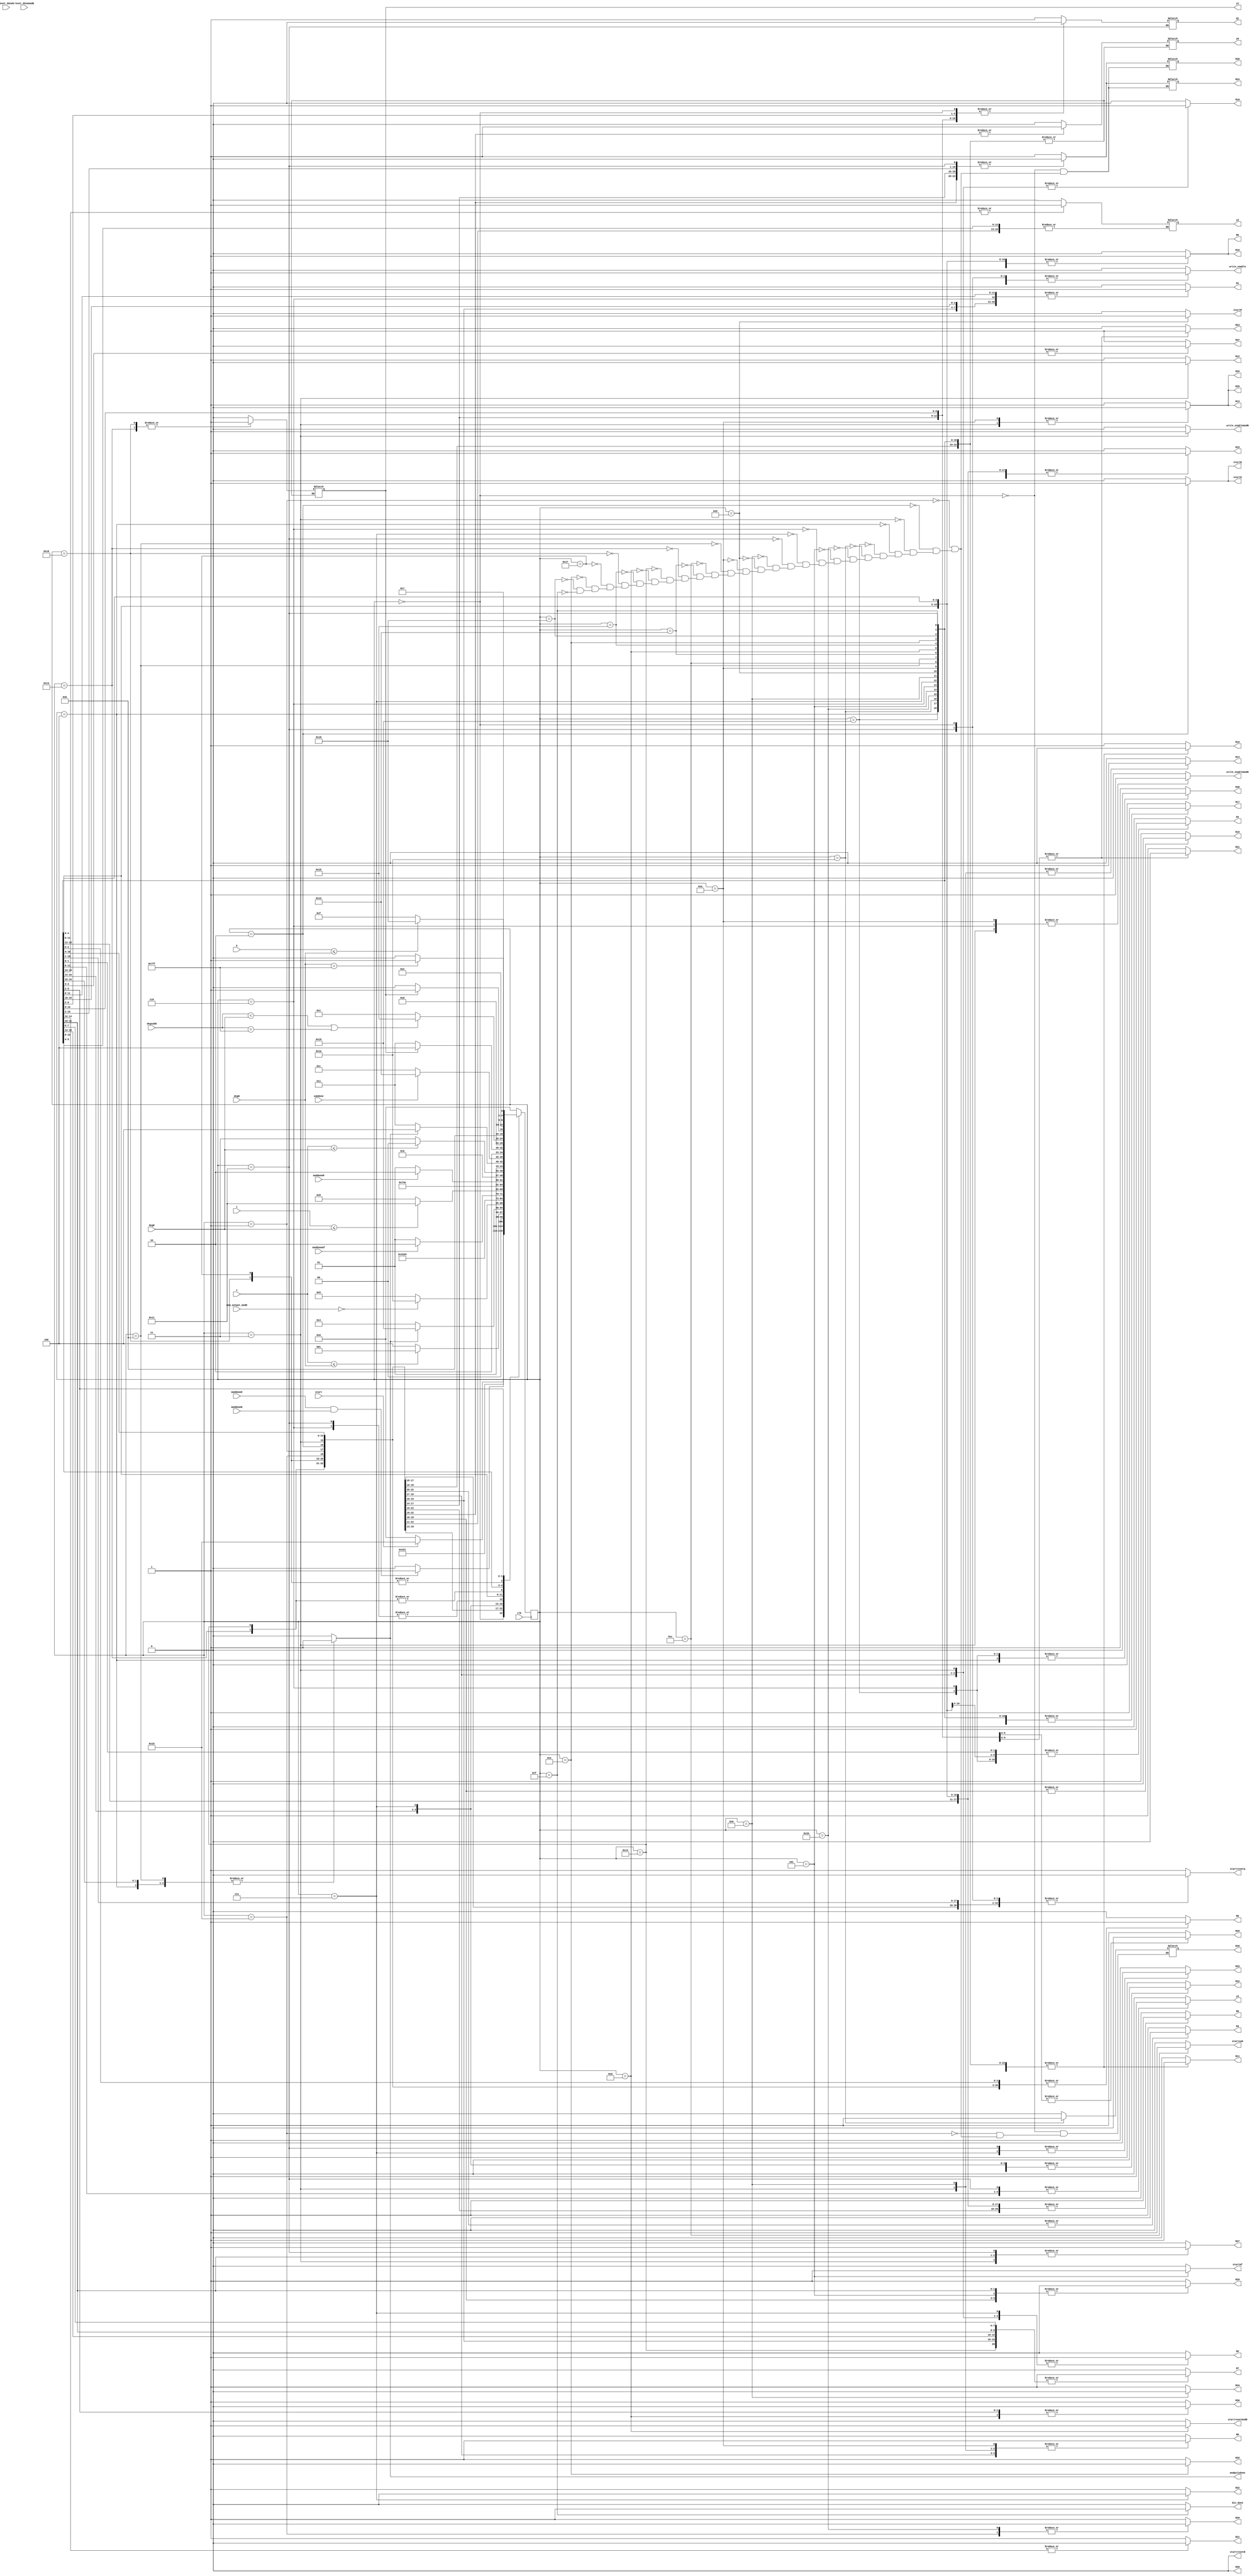
`timescale 1ns / 1ps
//////////////////////////////////////////////////////////////////////////////////
// Company: 
// Engineer: 
// 
// Design Name: 
// Module Name: divpoly_EGCD_FSM
// Project Name: 
// Target Devices: 
// Tool Versions: 
// Description: 
// 
// Dependencies: 
// 
// Revision:
// Revision 0.01 - File Created
// Additional Comments:
// 
//////////////////////////////////////////////////////////////////////////////////


module divpoly_EGCD_FSM(
    input clk,
    input start, moddoneD, moddoneM, moddoneN, moddonemf,subdone,reset_doneN, reset_donemodN,
    input [10:0] i,c,
    input [10:0] k, 
    input [10:0] degN, degD, degsubN,
    input [12:0] mem_output_modD, 
    output reg startD, startM, Q1, y0, y1,y2, y3, startresetN, startresetq,startresetmodN, startN, startmf, startsub, modpolydone, write_enable, write_enablemodN, write_enablemodD,
    output reg R1,R2, R3, R4, R5, R6, R7, R8, R9, R10, R11, R12, R13,R14, R15,R16, R17, R18, R19, R20, R21, R22, R23, R24, R25, R26, R27,R28, R29,R30, R31, R32, R33, R34, R35, R36, R37, R38, R39,R40,
    output reg div_done
    );
    
    parameter Inicio  = 5'b00000;
    parameter temp1 = 5'b10000;
    parameter tmod1  = 5'b00001;
    parameter tmod2 =5'b00010;
    parameter tmod3 =5'b00011;
    parameter tmod4 =5'b00100;
    parameter dmm =5'b00101;
    parameter as1 =5'b00110;
    parameter preg3 = 5'b11001;
    parameter Mdeg= 5'b11010;
    parameter temp4= 5'b11011;
    parameter mult  = 5'b00111;
    parameter temp2= 5'b10001;
    parameter tmod5  = 5'b01000;
    parameter tmod6 =5'b01001;
    parameter tmod7 =5'b01010;
    parameter tmod8 =5'b01011;
    parameter sub1 =5'b01100;
    parameter preg =5'b10010;
    parameter camb1 =5'b10011;
    parameter camb2 =5'b10100;
    parameter comp =5'b01101;
    parameter preg2 =5'b10101;
    parameter camb12 =5'b10110;
    parameter camb22 =5'b10111;
    parameter as2 =5'b01110;
    parameter temp3=5'b11000;
    parameter salida =5'b01111;


    reg [4:0] presente = Inicio; // Registro de Estado - Valor inicial
    reg [4:0] futuro;            // Entrada del registro de Estado

    // Registro de estado 
    always @(posedge clk)
        presente <= futuro;

    // Lgica del estado siguiente
    always @(presente,start,i, c, k, degN, modpolydone, degD,degsubN, subdone, moddoneD, moddoneM, moddoneN, moddonemf, mem_output_modD)
        case (presente)
            Inicio :
                if(start)
                    futuro <= temp1;            
                else
                    futuro <= Inicio;
            temp1: 
                futuro <= tmod1;
            tmod1:
                futuro <= tmod2;
            tmod2:
                if(moddoneD && moddoneN)
                    futuro <= tmod3;
                else
                    futuro <= tmod2;
            tmod3:
                if(c<=degN)
                    futuro <= tmod1;
                else
                    futuro <= tmod4;       
            tmod4:
                if(modpolydone)
                    futuro <= preg3;
                else
                    futuro <= tmod4;
            preg3:
                if(mem_output_modD==0)
                    futuro<=Mdeg;
                else
                    futuro<=dmm;
            Mdeg:
                futuro<=temp4;
            temp4:
                futuro<=dmm;  
            dmm:
                if(moddonemf)
                    futuro<=as1;
                else
                    futuro <= dmm;
            as1:
                futuro <= mult;
            mult:
                if(i<=degD)
                    futuro<=temp2;
                else
                    futuro <= tmod5;
             temp2:
                  futuro <= mult;    
            tmod5:
                    futuro <= tmod6;
            tmod6:
                if(moddoneM)
                    futuro<=tmod7;
                else
                    futuro <= tmod6;
            tmod7:
                if(c<=degD)
                    futuro<=tmod5;
                else
                    futuro <= tmod8;
            tmod8:
                if(modpolydone)
                    futuro <= sub1;
                else
                    futuro <= tmod8;
            sub1:
                 if(subdone)
                    futuro <= preg;
                else
                    futuro <= sub1;
            preg:
                 if(y1==0)
                    futuro <= camb1;
                else
                    futuro <= camb2;
            camb1:
                  futuro <= comp;
            camb2:
                  futuro <= comp;        
            comp:
                if(degsubN<degD || degsubN==11'd2047)
                    futuro<=preg2;
                else
                    futuro <= tmod1;
            preg2:
                 if(y1==0)
                    futuro <= camb12;
                else
                    futuro <= camb22;
            camb12:
                  futuro <= as2;
            camb22:
                  futuro <= as2;        
            as2:
                if(k<=degN)
                    futuro<=temp3;
                else
                    futuro <= salida;
            temp3:
                 if(degN==11'd2047)
                    futuro<=salida;
                else
                    futuro <= as2;         
            salida:
                futuro <= Inicio; 
            default:
                futuro <= Inicio;
        endcase
    
    // Lgica de salida
    always @(presente)
        case (presente)
            Inicio : begin
                R1 <= 1'b0;
                R2 <= 1'b0;
                R3 <= 1'b1;
                R4 <= 1'b0;
                R5 <= 1'b0;
                R6 <= 1'b0;
                R7 <= 1'b0;
                R8<= 1'b0;
                R9<= 1'b0;
                R10<= 1'b1;
                R11<= 1'b0;
                R12<= 1'b1;
                R13<= 1'b1;
                R14<= 1'b0;
                R15<= 1'b0;
                R16<= 1'b0;
                R17<= 1'b0;
                R18<= 1'b0;
                R19<= 1'b1;
                R20<= 1'b1;
                R21<= 1'b1;
                R22<= 1'b1;
                R23<= 1'b0;
                R24<= 1'b1;
                R25<= 1'b1;
                R26<= 1'b1;
                R27<= 1'b0;
                R28<= 1'b1;
                R29<= 1'b1;
                R30<= 1'b1;
                R31<= 1'b1;
                R32<= 1'b1;
                R33<= 1'b1;
                R34<= 1'b1;
                R35<= 1'b1;
                R36<= 1'b1;
                R37<= 1'b1;
                R38<= 1'b0;
                R39<= 1'b1;
                R40<= 1'b0;
                Q1 <= 1'b0;
                y0 <= 1'b0;
                y1 <= 1'b0;
                y2 <= 1'b0;
                y3 <= 1'b0;
                startM <= 1'b0;
                startresetq <= 1'b0;
                write_enable <= 1'b1;
                write_enablemodD <= 1'b0;
                write_enablemodN <= 1'b0;
                div_done <= 1'b0;
                startresetN <= 1'b0;
                startresetmodN <= 1'b0;
                startD <= 1'b0;
                startN <= 1'b0;
                startmf <= 1'b0;
                startsub <= 1'b0;
                modpolydone <= 1'b0;
                 
            end 
            temp1: begin
                R1 <= 1'b1;
                R2 <= 1'b1;
                R3 <= 1'b1;
                R4 <= 1'b1;
                R5 <= 1'b1;
                R6 <= 1'b1;
                R7 <= 1'b1;
                R8<= 1'b1;
                R9<= 1'b1;
                R10<= 1'b0;
                R11<= 1'b1;
                R12<= 1'b1;
                R13<= 1'b1;
                R14<= 1'b0;
                R15<= 1'b0;
                R16<= 1'b1;
                R17<= 1'b0;
                R18<= 1'b1;
                R19<= 1'b0;
                R20<= 1'b0;
                R21<= 1'b1;
                R22<= 1'b1;
                R23<= 1'b0;
//                R24<= 1'b1;
                R25<= 1'b1;
                R26<= 1'b1;
                R27<= 1'b0;
//                R28<= 1'b0;
                R29<= 1'b1;
                R30<= 1'b1;
                R31<= 1'b1;
                R32<= 1'b1;
                R33<= 1'b1;
                R34<= 1'b1;
                R35<= 1'b1;
                R36<= 1'b1;
                R37<= 1'b1;
                R38<= 1'b0;
                R39<= 1'b0;
                R40<= 1'b0;
                Q1 <= 1'b0;
                y0 <= y0;
                y1 <= y1;
                y2 <= y2;
                y3 <= 1'b0;
                startM <= 1'b0;
                startresetq <= 1'b1;
                write_enable <= 1'b0;
                write_enablemodD <= 1'b0;
                write_enablemodN <= 1'b0;
                div_done <= 1'b0;
                startresetN <= 1'b0;
                startresetmodN <= 1'b0;
                startD <= 1'b0;
                startN <= 1'b0;
                startmf <= 1'b0;
                startsub <= 1'b0;
                modpolydone <= 1'b0;
            end
            tmod1 : begin
                R1 <= 1'b1;
                R2 <= 1'b1;
                R3 <= 1'b1;
                R4 <= 1'b1;
                R5 <= 1'b1;
                R6 <= 1'b1;
                R7 <= 1'b1;
                R8<= 1'b1;
                R9<= 1'b1;
                R10<= 1'b0;
                R11<= 1'b1;
                R12<= 1'b1;
                R13<= 1'b1;
                R14<= 1'b0;
                R15<= 1'b0;
                R16<= 1'b1;
                R17<= 1'b0;
                R18<= 1'b1;
                R19<= 1'b0;
                R20<= 1'b0;
                R21<= 1'b1;
                R22<= 1'b1;
                R23<= 1'b0;
                R24<= 1'b0;
                R25<= 1'b1;
                R26<= 1'b1;
                R27<= 1'b0;
                R28<= 1'b0;
                R29<= 1'b1;
                R30<= 1'b1;
                R31<= 1'b1;
                R32<= 1'b1;
                R33<= 1'b1;
                R34<= 1'b1;
                R35<= 1'b1;
                R36<= 1'b1;
                R37<= 1'b1;
                R38<= 1'b0;
                R39<= 1'b1;
                R40<= 1'b0;
                Q1 <= 1'b0;
                y0 <= y0;
                y1 <= y1;
                y2 <= y2;
                y3 <= 1'b0;
                startM <= 1'b0;
                startresetq <= 1'b0;
                write_enable <= 1'b0;
                write_enablemodD <= 1'b0;
                write_enablemodN <= 1'b0;
                div_done <= 1'b0;
                startresetN <= 1'b0;
                startresetmodN <= 1'b0;
                startD <= 1'b0;
                startN <= 1'b0;
                startmf <= 1'b0;
                startsub <= 1'b0;
                modpolydone <= 1'b0;
            end                     
            tmod2: begin
                R1 <= 1'b1;
                R2 <= 1'b0;
                R3 <= 1'b1;
                R4 <= 1'b1;
                R5 <= 1'b1;
                R6 <= 1'b1;
                R7 <= 1'b1;
                R8<= 1'b0;
                R9<= 1'b1;
                R10<= 1'b0;
                R11<= 1'b1;
                R12<= 1'b1;
                R13<= 1'b1;
                R14<= 1'b0;
                R15<= 1'b1;
                R16<= 1'b1;
                R17<= 1'b1;
                R18<= 1'b0;
                R19<= 1'b0;
                R20<= 1'b0;
                R21<= 1'b1;
                R22<= 1'b1;
                R23<= 1'b0;
                R24<= 1'b0;
                R25<= 1'b1;
                R26<= 1'b1;
                R27<= 1'b0;
                R28<= 1'b0;
                R29<= 1'b1;
                R30<= 1'b1;
                R31<= 1'b1;
                R32<= 1'b1;
                R33<= 1'b1;
                R34<= 1'b1;
                R35<= 1'b1;
                R36<= 1'b1;
                R37<= 1'b1;
                R38<= 1'b0;
                R39<= 1'b1;
                R40<= 1'b0;
                Q1 <= 1'b0;
                y0 <= y0;
                y1 <= y1;
                y2 <= y2;
                y3 <= 1'b0;
                startM <= 1'b0;
                startresetq <= 1'b0;
                write_enable <= 1'b0;
                write_enablemodD <= 1'b0;
                write_enablemodN <= 1'b0;
                div_done <= 1'b0;
                startresetN <= 1'b0;
                startresetmodN <= 1'b0;
                startD <= 1'b1;
                startN <= 1'b1;
                startmf <= 1'b0;
                startsub <= 1'b0;
                modpolydone <= 1'b0;
            end
            tmod3: begin
                R1 <= 1'b0;
                R2 <= 1'b1;
                R3 <= 1'b1;
                R4 <= 1'b1;
                R5 <= 1'b1;
                R6 <= 1'b1;
                R7 <= 1'b0;
                R8<= 1'b1;
                R9<= 1'b1;
                R10<= 1'b0;
                R11<= 1'b1;
                R12<= 1'b0;
                R13<= 1'b0;
                R14<= 1'b1;
                R15<= 1'b0;
                R16<= 1'b1;
                R17<= 1'b0;
                R18<= 1'b1;
                R19<= 1'b1;
                R20<= 1'b1;
                R21<= 1'b1;
                R22<= 1'b1;
                R23<= 1'b0;
                R24<= 1'b0;
                R25<= 1'b0;
                R26<= 1'b0;
                R27<= 1'b1;
                R28<= 1'b0;
                R29<= 1'b1;
                R30<= 1'b1;
                R31<= 1'b1;
                R32<= 1'b1;
                R33<= 1'b1;
                R34<= 1'b1;
                R35<= 1'b1;
                R36<= 1'b1;
                R37<= 1'b1;
                R38<= 1'b0;
                R39<= 1'b1;
                R40<= 1'b0;
                Q1 <= 1'b0;
                y0 <= y0;
                y1 <= y1;
                y2 <= y2;
                y3 <= 1'b0;
                startM <= 1'b0;
                startresetq <= 1'b0;
                write_enable <= 1'b0;
                write_enablemodD <= 1'b1;
                write_enablemodN <= 1'b1;
                div_done <= 1'b0;
                startresetN <= 1'b0;
                startresetmodN <= 1'b0;
                startD <= 1'b0;
                startN <= 1'b0;
                startmf <= 1'b0;
                startsub <= 1'b0;
                modpolydone <= 1'b0;
            end
            tmod4: begin
                R1 <= 1'b1;
                R2 <= 1'b0;
                R3 <= 1'b1;
                R4 <= 1'b0;
                R5 <= 1'b1;
                R6 <= 1'b1;
                R7 <= 1'b1;
                R8<= 1'b0;
                R9<= 1'b1;
                R10<= 1'b0;
                R11<= 1'b1;
                R12<= 1'b1;
                R13<= 1'b1;
                R14<= 1'b0;
                R15<= 1'b1;
                R16<= 1'b1;
                R17<= 1'b1;
                R18<= 1'b0;
                R19<= 1'b1;
                R20<= 1'b1;
                R21<= 1'b0;
                R22<= 1'b0;
                R23<= 1'b1;
                R24<= 1'b0;
                R25<= 1'b1;
                R26<= 1'b1;
                R27<= 1'b0;
                R28<= 1'b0;
                R29<= 1'b0;
                R30<= 1'b0;
                R31<= 1'b1;
                R32<= 1'b1;
                R33<= 1'b1;
                R34<= 1'b1;
                R35<= 1'b1;
                R36<= 1'b1;
                R37<= 1'b1;
                R38<= 1'b0;
                R39<= 1'b1;
                R40<= 1'b0;
                Q1 <= 1'b0;
                y0 <= y0;
                y1 <= y1;
                y2 <= y2;
                y3 <= 1'b0;
                startM <= 1'b0;
                startresetq <= 1'b0;
                write_enable <= 1'b0;
                write_enablemodD <= 1'b0;
                write_enablemodN <= 1'b0;
                div_done <= 1'b0;
                startresetN <= 1'b0;
                startresetmodN <= 1'b0;
                startD <= 1'b0;
                startN <= 1'b0;
                startmf <= 1'b0;
                startsub <= 1'b0;
                modpolydone <= 1'b1;
            end
            preg3: begin
                R1 <= 1'b1;
                R2 <= 1'b0;
                R3 <= 1'b1;
                R4 <= 1'b1;
                R5 <= 1'b1;
                R6 <= 1'b1;
                R7 <= 1'b1;
                R8<= 1'b0;
                R9<= 1'b1;
                R10<= 1'b0;
                R11<= 1'b1;
                R12<= 1'b1;
                R13<= 1'b1;
                R14<= 1'b0;
                R15<= 1'b1;
                R16<= 1'b1;
                R17<= 1'b1;
                R18<= 1'b0;
                R19<= 1'b1;
                R20<= 1'b1;
                R21<= 1'b1;
                R22<= 1'b1;
                R23<= 1'b0;
                R24<= 1'b1;
                R25<= 1'b1;
                R26<= 1'b1;
                R27<= 1'b0;
                R28<= 1'b1;
                R29<= 1'b1;
                R30<= 1'b0;
                R31<= 1'b1;
                R32<= 1'b1;
                R33<= 1'b1;
                R34<= 1'b1;
                R35<= 1'b1;
                R36<= 1'b1;
                R37<= 1'b1;
                R38<= 1'b0;
                R39<= 1'b1;
                R40<= 1'b0;
                Q1 <= 1'b1;
                y0 <= y0;
                y1 <= y1;
                y2 <= y2;
                y3 <= 1'b0;
                startM <= 1'b0;
                startresetq <= 1'b0;
                write_enable <= 1'b0;
                write_enablemodD <= 1'b0;
                write_enablemodN <= 1'b0;
                div_done <= 1'b0;
                startresetN <= 1'b0;
                startresetmodN <= 1'b0;
                startD <= 1'b0;
                startN <= 1'b0;
                startmf <= 1'b0;
                startsub <= 1'b0;
                modpolydone <= 1'b0;
            end
            Mdeg: begin
                R1 <= 1'b1;
                R2 <= 1'b0;
                R3 <= 1'b1;
                R4 <= 1'b0;
                R5 <= 1'b1;
                R6 <= 1'b1;
                R7 <= 1'b1;
                R8<= 1'b0;
                R9<= 1'b1;
                R10<= 1'b0;
                R11<= 1'b1;
                R12<= 1'b1;
                R13<= 1'b1;
                R14<= 1'b0;
                R15<= 1'b1;
                R16<= 1'b1;
                R17<= 1'b1;
                R18<= 1'b0;
                R19<= 1'b1;
                R20<= 1'b1;
                R21<= 1'b0;
                R22<= 1'b0;
                R23<= 1'b1;
                R24<= 1'b0;
                R25<= 1'b1;
                R26<= 1'b1;
                R27<= 1'b0;
                R28<= 1'b0;
                R29<= 1'b0;
                R30<= 1'b1;
                R31<= 1'b1;
                R32<= 1'b1;
                R33<= 1'b1;
                R34<= 1'b1;
                R35<= 1'b1;
                R36<= 1'b1;
                R37<= 1'b1;
                R38<= 1'b0;
                R39<= 1'b1;
                R40<= 1'b1;
                Q1 <= 1'b0;
                y0 <= y0;
                y1 <= y1;
                y2 <= y2;
                y3 <= 1'b0;
                startM <= 1'b0;
                startresetq <= 1'b0;
                write_enable <= 1'b0;
                write_enablemodD <= 1'b0;
                write_enablemodN <= 1'b0;
                div_done <= 1'b0;
                startresetN <= 1'b0;
                startresetmodN <= 1'b0;
                startD <= 1'b0;
                startN <= 1'b0;
                startmf <= 1'b0;
                startsub <= 1'b0;
                modpolydone <= 1'b1;
            end
            temp4: begin
                R1 <= 1'b1;
                R2 <= 1'b0;
                R3 <= 1'b1;
                R4 <= 1'b0;
                R5 <= 1'b1;
                R6 <= 1'b1;
                R7 <= 1'b1;
                R8<= 1'b0;
                R9<= 1'b1;
                R10<= 1'b0;
                R11<= 1'b1;
                R12<= 1'b1;
                R13<= 1'b1;
                R14<= 1'b0;
                R15<= 1'b1;
                R16<= 1'b1;
                R17<= 1'b1;
                R18<= 1'b0;
                R19<= 1'b1;
                R20<= 1'b1;
                R21<= 1'b0;
                R22<= 1'b0;
                R23<= 1'b1;
                R24<= 1'b0;
                R25<= 1'b1;
                R26<= 1'b1;
                R27<= 1'b0;
                R28<= 1'b0;
                R29<= 1'b0;
                R30<= 1'b1;
                R31<= 1'b1;
                R32<= 1'b1;
                R33<= 1'b1;
                R34<= 1'b1;
                R35<= 1'b1;
                R36<= 1'b1;
                R37<= 1'b1;
                R38<= 1'b0;
                R39<= 1'b0;
                R40<= 1'b0;
                Q1 <= 1'b0;
                y0 <= y0;
                y1 <= y1;
                y2 <= y2;
                y3 <= 1'b0;
                startM <= 1'b0;
                startresetq <= 1'b0;
                write_enable <= 1'b0;
                write_enablemodD <= 1'b0;
                write_enablemodN <= 1'b0;
                div_done <= 1'b0;
                startresetN <= 1'b0;
                startresetmodN <= 1'b0;
                startD <= 1'b0;
                startN <= 1'b0;
                startmf <= 1'b0;
                startsub <= 1'b0;
                modpolydone <= 1'b1;
            end
            dmm: begin
                R1 <= 1'b0;
                R2 <= 1'b0;
                R3 <= 1'b1;
                R4 <= 1'b0;
                R5 <= 1'b1;
                R6 <= 1'b0;
                R7 <= 1'b1;
                R8<= 1'b0;
                R9<= 1'b1;
                R10<= 1'b0;
                R11<= 1'b1;
                R12<= 1'b1;
                R13<= 1'b1;
                R14<= 1'b0;
                R15<= 1'b1;
                R16<= 1'b0;
                R17<= 1'b1;
                R18<= 1'b0;
                R19<= 1'b1;
                R20<= 1'b0;
                R21<= 1'b0;
                R22<= 1'b0;
                R23<= 1'b1;
                R24<= 1'b0;
                R25<= 1'b1;
                R26<= 1'b1;
                R27<= 1'b0;
                R28<= 1'b0;
                R29<= 1'b0;
                R30<= 1'b1;
                R31<= 1'b0;
                R32<= 1'b1;
                R33<= 1'b1;
                R34<= 1'b1;
                R35<= 1'b1;
                R36<= 1'b1;
                R37<= 1'b1;
                R38<= 1'b0;
                R39<= 1'b1;
                R40<= 1'b0;
                Q1 <= 1'b0;
                y0 <= y0;
                y1 <= y1;
                y2 <= 1'b1;
                y3 <= 1'b0;
                startM <= 1'b0;
                startresetq <= 1'b0;
                write_enable <= 1'b0;
                write_enablemodD <= 1'b0;
                write_enablemodN <= 1'b0;
                div_done <= 1'b0;
                startresetN <= 1'b0;
                startresetmodN <= 1'b0;
                startD <= 1'b0;
                startN <= 1'b0;
                startmf <= 1'b1;
                startsub <= 1'b0;
                modpolydone <= 1'b0;
            end
            as1: begin
                R1 <= 1'b1;
                R2 <= 1'b0;
                R3 <= 1'b1;
                R4 <= 1'b1;
                R5 <= 1'b1;
                R6 <= 1'b0;
                R7 <= 1'b1;
                R8<= 1'b0;
                R9<= 1'b1;
                R10<= 1'b0;
                R11<= 1'b1;
                R12<= 1'b1;
                R13<= 1'b1;
                R14<= 1'b0;
                R15<= 1'b1;
                R16<= 1'b0;
                R17<= 1'b1;
                R18<= 1'b0;
                R19<= 1'b1;
                R20<= 1'b1;
                R21<= 1'b1;
                R22<= 1'b1;
                R23<= 1'b0;
                R24<= 1'b0;
                R25<= 1'b1;
                R26<= 1'b1;
                R27<= 1'b0;
                R28<= 1'b0;
                R29<= 1'b0;
                R30<= 1'b0;
                R31<= 1'b0;
                R32<= 1'b1;
                R33<= 1'b1;
                R34<= 1'b1;
                R35<= 1'b1;
                R36<= 1'b1;
                R37<= 1'b1;
                R38<= 1'b0;
                R39<= 1'b1;
                R40<= 1'b0;
                Q1 <= 1'b0;
                y0 <= y0;
                y1 <= y1;
                y2 <= 1'b1;
                y3 <= 1'b0;
                startM <= 1'b0;
                startresetq <= 1'b0;
                write_enable <= 1'b1;
                write_enablemodD <= 1'b1;
                write_enablemodN <= 1'b0;
                div_done <= 1'b0;
                startresetN <= 1'b0;
                startresetmodN <= 1'b0;
                startD <= 1'b0;
                startN <= 1'b0;
                startmf <= 1'b0;
                startsub <= 1'b0;
                modpolydone <= 1'b0;
            end
            mult: begin
                R1 <= 1'b0;
                R2 <= 1'b1;
                R3 <= 1'b1;
                R4 <= 1'b0;
                R5 <= 1'b1;
                R6 <= 1'b0;
                R7 <= 1'b0;
                R8<= 1'b0;
                R9<= 1'b1;
                R10<= 1'b0;
                R11<= 1'b1;
                R12<= 1'b1;
                R13<= 1'b1;
                R14<= 1'b0;
                R15<= 1'b1;
                R16<= 1'b0;
                R17<= 1'b1;
                R18<= 1'b0;
                R19<= 1'b1;
                R20<= 1'b1;
                R21<= 1'b1;
                R22<= 1'b0;
                R23<= 1'b0;
                R24<= 1'b0;
                R25<= 1'b1;
                R26<= 1'b1;
                R27<= 1'b0;
                R28<= 1'b0;
                R29<= 1'b1;
                R30<= 1'b1;
                R31<= 1'b0;
                R32<= 1'b0;
                R33<= 1'b0;
                R34<= 1'b1;
                R35<= 1'b1;
                R36<= 1'b1;
                R37<= 1'b1;
                R38<= 1'b0;
                R39<= 1'b1;
                R40<= 1'b0;
                Q1 <= 1'b0;
                y0 <= y0;
                y1 <= y1;
                y2 <= y2;
                y3 <= 1'b0;
                startM <= 1'b0;
                startresetq <= 1'b0;
                write_enable <= 1'b1;
                write_enablemodD <= 1'b0;
                write_enablemodN <= 1'b0;
                div_done <= 1'b0;
                startresetN <= 1'b0;
                startresetmodN <= 1'b0;
                startD <= 1'b0;
                startN <= 1'b0;
                startmf <= 1'b0;
                startsub <= 1'b0;
                modpolydone <= 1'b0;
            end
            temp2: begin
                R1 <= 1'b1;
                R2 <= 1'b0;
                R3 <= 1'b1;
                R4 <= 1'b1;
                R5 <= 1'b1;
                R6 <= 1'b1;
                R7 <= 1'b1;
                R8<= 1'b0;
                R9<= 1'b1;
                R10<= 1'b0;
                R11<= 1'b1;
                R12<= 1'b1;
                R13<= 1'b1;
                R14<= 1'b0;
                R15<= 1'b1;
                R16<= 1'b1;
                R17<= 1'b1;
                R18<= 1'b0;
                R19<= 1'b1;
                R20<= 1'b1;
                R21<= 1'b1;
                R22<= 1'b1;
                R23<= 1'b0;
                R24<= 1'b0;
                R25<= 1'b1;
                R26<= 1'b1;
                R27<= 1'b1;
                R28<= 1'b0;
                R29<= 1'b1;
                R30<= 1'b1;
                R31<= 1'b1;
                R32<= 1'b1;
                R33<= 1'b0;
                R34<= 1'b1;
                R35<= 1'b1;
                R36<= 1'b1;
                R37<= 1'b1;
                R38<= 1'b0;
                R39<= 1'b1;
                R40<= 1'b0;
                y0 <= y0;
                y1 <= y1;
                y2 <= y2;
                y3 <= 1'b1;
                startM <= 1'b0;
                startresetq <= 1'b0;
                write_enable <= 1'b1;
                write_enablemodD <= 1'b0;
                write_enablemodN <= 1'b0;
                div_done <= 1'b0;
                startresetN <= 1'b0;
                startresetmodN <= 1'b0;
                startD <= 1'b0;
                startN <= 1'b0;
                startmf <= 1'b0;
                startsub <= 1'b0;
                modpolydone <= 1'b0;
            end
            tmod5: begin
                R1 <= 1'b1;
                R2 <= 1'b0;
                R3 <= 1'b1;
                R4 <= 1'b1;
                R5 <= 1'b1;
                R6 <= 1'b1;
                R7 <= 1'b1;
                R8<= 1'b1;
                R9<= 1'b1;
                R10<= 1'b0;
                R11<= 1'b1;
                R12<= 1'b1;
                R13<= 1'b1;
                R14<= 1'b1;
                R15<= 1'b1;
                R16<= 1'b1;
                R17<= 1'b1;
                R18<= 1'b0;
                R19<= 1'b1;
                R20<= 1'b0;
                R21<= 1'b1;
                R22<= 1'b1;
                R23<= 1'b0;
                R24<= 1'b0;
                R25<= 1'b1;
                R26<= 1'b1;
                R27<= 1'b1;
                R28<= 1'b0;
                R29<= 1'b1;
                R30<= 1'b1;
                R31<= 1'b1;
                R32<= 1'b1;
                R33<= 1'b1;
                R34<= 1'b0;
                R35<= 1'b1;
                R36<= 1'b1;
                R37<= 1'b1;
                R38<= 1'b0;
                R39<= 1'b1;
                R40<= 1'b0;
                Q1 <= 1'b0;
                y0 <= y0;
                y1 <= y1;
                y2 <= y2;
                y3 <= 1'b1;
                startM <= 1'b0;
                startresetq <= 1'b0;
                write_enable <= 1'b0;
                write_enablemodD <= 1'b0;
                write_enablemodN <= 1'b0;
                div_done <= 1'b0;
                startresetN <= 1'b0;
                startresetmodN <= 1'b0;
                startD <= 1'b0;
                startN <= 1'b0;
                startmf <= 1'b0;
                startsub <= 1'b0;
                modpolydone <= 1'b0;
            end
            tmod6: begin
                R1 <= 1'b1;
                R2 <= 1'b0;
                R3 <= 1'b1;
                R4 <= 1'b1;
                R5 <= 1'b1;
                R6 <= 1'b1;
                R7 <= 1'b1;
                R8<= 1'b0;
                R9<= 1'b1;
                R10<= 1'b0;
                R11<= 1'b1;
                R12<= 1'b1;
                R13<= 1'b1;
                R14<= 1'b0;
                R15<= 1'b1;
                R16<= 1'b1;
                R17<= 1'b1;
                R18<= 1'b0;
                R19<= 1'b1;
                R20<= 1'b0;
                R21<= 1'b1;
                R22<= 1'b1;
                R23<= 1'b0;
                R24<= 1'b0;
                R25<= 1'b1;
                R26<= 1'b1;
                R27<= 1'b1;
                R28<= 1'b0;
                R29<= 1'b1;
                R30<= 1'b1;
                R31<= 1'b1;
                R32<= 1'b1;
                R33<= 1'b1;
                R34<= 1'b1;
                R35<= 1'b1;
                R36<= 1'b1;
                R37<= 1'b1;
                R38<= 1'b0;
                R39<= 1'b1;
                R40<= 1'b0;
                Q1 <= 1'b0;
                y0 <= y0;
                y1 <= y1;
                y2 <= y2;
                y3 <= 1'b1;
                startM <= 1'b1;
                startresetq <= 1'b0;
                write_enable <= 1'b0;
                write_enablemodD <= 1'b0;
                write_enablemodN <= 1'b0;
                div_done <= 1'b0;
                startresetN <= 1'b0;
                startresetmodN <= 1'b0;
                startD <= 1'b0;
                startN <= 1'b0;
                startmf <= 1'b0;
                startsub <= 1'b0;
                modpolydone <= 1'b0;
            end
            tmod7: begin
                R1 <= 1'b1;
                R2 <= 1'b0;
                R3 <= 1'b1;
                R4 <= 1'b1;
                R5 <= 1'b1;
                R6 <= 1'b1;
                R7 <= 1'b0;
                R8<= 1'b1;
                R9<= 1'b1;
                R10<= 1'b0;
                R11<= 1'b1;
                R12<= 1'b1;
                R13<= 1'b0;
                R14<= 1'b0;
                R15<= 1'b1;
                R16<= 1'b1;
                R17<= 1'b1;
                R18<= 1'b0;
                R19<= 1'b1;
                R20<= 1'b1;
                R21<= 1'b1;
                R22<= 1'b1;
                R23<= 1'b0;
                R24<= 1'b0;
                R25<= 1'b0;
                R26<= 1'b0;
                R27<= 1'b0;
                R28<= 1'b0;
                R29<= 1'b1;
                R30<= 1'b1;
                R31<= 1'b1;
                R32<= 1'b1;
                R33<= 1'b1;
                R34<= 1'b1;
                R35<= 1'b1;
                R36<= 1'b1;
                R37<= 1'b1;
                R38<= 1'b0;
                R39<= 1'b1;
                R40<= 1'b0;
                Q1 <= 1'b0;
                y0 <= y0;
                y1 <= y1;
                y2 <= y2;
                y3 <= 1'b1;
                startM <= 1'b0;
                startresetq <= 1'b0;
                write_enable <= 1'b0;
                write_enablemodD <= 1'b1;
                write_enablemodN <= 1'b0;
                div_done <= 1'b0;
                startresetN <= 1'b0;
                startresetmodN <= 1'b0;
                startD <= 1'b0;
                startN <= 1'b0;
                startmf <= 1'b0;
                startsub <= 1'b0;
                modpolydone <= 1'b0;
            end
            tmod8: begin
                R1 <= 1'b1;
                R2 <= 1'b0;
                R3 <= 1'b1;
                R4 <= 1'b1;
                R5 <= 1'b1;
                R6 <= 1'b1;
                R7 <= 1'b0;
                R8<= 1'b0;
                R9<= 1'b1;
                R10<= 1'b0;
                R11<= 1'b1;
                R12<= 1'b1;
                R13<= 1'b1;
                R14<= 1'b0;
                R15<= 1'b1;
                R16<= 1'b1;
                R17<= 1'b1;
                R18<= 1'b0;
                R19<= 1'b1;
                R20<= 1'b1;
                R21<= 1'b1;
                R22<= 1'b1;
                R23<= 1'b0;
                R24<= 1'b0;
                R25<= 1'b1;
                R26<= 1'b1;
                R27<= 1'b0;
                R28<= 1'b0;
                R29<= 1'b1;
                R30<= 1'b1;
                R31<= 1'b1;
                R32<= 1'b1;
                R33<= 1'b1;
                R34<= 1'b1;
                R35<= 1'b1;
                R36<= 1'b1;
                R37<= 1'b1;
                R38<= 1'b0;
                R39<= 1'b1;
                R40<= 1'b0;
                Q1 <= 1'b0;
                y0 <= y0;
                y1 <= y1;
                y2 <= y2;
                y3 <= 1'b1;
                startM <= 1'b0;
                startresetq <= 1'b0;
                write_enable <= 1'b0;
                write_enablemodD <= 1'b0;
                write_enablemodN <= 1'b0;
                div_done <= 1'b0;
                startresetN <= 1'b0;
                startresetmodN <= 1'b0;
                startD <= 1'b0;
                startN <= 1'b0;
                startmf <= 1'b0;
                startsub <= 1'b0;
                modpolydone <= 1'b1;
            end
            sub1: begin
                R1 <= 1'b1;
                R2 <= 1'b0;
                R3 <= 1'b1;
                R4 <= 1'b1;
                R5 <= 1'b1;
                R6 <= 1'b1;
                R7 <= 1'b1;
                R8<= 1'b0;
                R9<= 1'b1;
                R10<= 1'b0;
                R11<= 1'b1;
                R12<= 1'b1;
                R13<= 1'b1;
                R14<= 1'b0;
                R15<= 1'b1;
                R16<= 1'b1;
                R17<= 1'b1;
                R18<= 1'b0;
                R19<= 1'b1;
                R20<= 1'b1;
                R21<= 1'b1;
                R22<= 1'b1;
                R23<= 1'b0;
                R24<= 1'b0;
                R25<= 1'b1;
                R26<= 1'b1;
                R27<= 1'b0;
                R28<= 1'b0;
                R29<= 1'b1;
                R30<= 1'b1;
                R31<= 1'b1;
                R32<= 1'b1;
                R33<= 1'b1;
                R34<= 1'b1;
                R35<= 1'b1;
                R36<= 1'b1;
                R37<= 1'b1;
                R38<= 1'b0;
                R39<= 1'b1;
                R40<= 1'b0;
                Q1 <= 1'b1;
                y0 <= y0;
                y1 <= y1;
                y2 <= y2;
                y3 <= 1'b0;
                startM <= 1'b0;
                startresetq <= 1'b0;
                write_enable <= 1'b0;
                write_enablemodD <= 1'b0;
                write_enablemodN <= 1'b0;
                div_done <= 1'b0;
                startresetN <= 1'b0;
                startresetmodN <= 1'b0;
                startD <= 1'b0;
                startN <= 1'b0;
                startmf <= 1'b0;
                startsub <= 1'b1;
                modpolydone <= 1'b0;
            end
            preg: begin
                R1 <= 1'b1;
                R2 <= 1'b0;
                R3 <= 1'b1;
                R4 <= 1'b1;
                R5 <= 1'b1;
                R6 <= 1'b1;
                R7 <= 1'b1;
                R8<= 1'b0;
                R9<= 1'b1;
                R10<= 1'b0;
                R11<= 1'b1;
                R12<= 1'b1;
                R13<= 1'b1;
                R14<= 1'b0;
                R15<= 1'b1;
                R16<= 1'b1;
                R17<= 1'b1;
                R18<= 1'b0;
                R19<= 1'b1;
                R20<= 1'b1;
                R21<= 1'b1;
                R22<= 1'b1;
                R23<= 1'b0;
                R24<= 1'b0;
                R25<= 1'b1;
                R26<= 1'b1;
                R27<= 1'b0;
                R28<= 1'b0;
                R29<= 1'b1;
                R30<= 1'b1;
                R31<= 1'b1;
                R32<= 1'b1;
                R33<= 1'b1;
                R34<= 1'b1;
                R35<= 1'b1;
                R36<= 1'b1;
                R37<= 1'b1;
                R38<= 1'b0;
                R39<= 1'b1;
                R40<= 1'b0;
                Q1 <= 1'b0;
                y0 <= y0;
                y1 <= y1;
                y2 <= y2;
                y3 <= 1'b0;
                startM <= 1'b0;
                startresetq <= 1'b0;
                write_enable <= 1'b0;
                write_enablemodD <= 1'b0;
                write_enablemodN <= 1'b0;
                div_done <= 1'b0;
                startresetN <= 1'b0;
                startresetmodN <= 1'b0;
                startD <= 1'b0;
                startN <= 1'b0;
                startmf <= 1'b0;
                startsub <= 1'b0;
                modpolydone <= 1'b0;
            end
            camb1: begin
                R1 <= 1'b0;
                R2 <= 1'b0;
                R3 <= 1'b0;
                R4 <= 1'b0;
                R5 <= 1'b1;
                R6 <= 1'b1;
                R7 <= 1'b0;
                R8<= 1'b0;
                R9<= 1'b1;
                R10<= 1'b0;
                R11<= 1'b1;
                R12<= 1'b1;
                R13<= 1'b1;
                R14<= 1'b0;
                R15<= 1'b1;
                R16<= 1'b1;
                R17<= 1'b1;
                R18<= 1'b0;
                R19<= 1'b1;
                R20<= 1'b1;
                R21<= 1'b1;
                R22<= 1'b1;
                R23<= 1'b0;
                R24<= 1'b0;
                R25<= 1'b1;
                R26<= 1'b1;
                R27<= 1'b0;
                R28<= 1'b0;
                R29<= 1'b1;
                R30<= 1'b1;
                R31<= 1'b1;
                R32<= 1'b1;
                R33<= 1'b1;
                R34<= 1'b1;
                R35<= 1'b1;
                R36<= 1'b1;
                R37<= 1'b1;
                R38<= 1'b0;
                R39<= 1'b1;
                R40<= 1'b0;
                Q1 <= 1'b0;
                y0 <= 1'b1;
                y1 <= 1'b1;
                y2 <= y2;
                y3 <= 1'b0;
                startM <= 1'b0;
                startresetq <= 1'b0;
                write_enable <= 1'b0;
                write_enablemodD <= 1'b0;
                write_enablemodN <= 1'b0;
                div_done <= 1'b0;
                startresetN <= 1'b0;
                startresetmodN <= 1'b0;
                startD <= 1'b0;
                startN <= 1'b0;
                startmf <= 1'b0;
                startsub <= 1'b0;
                modpolydone <= 1'b0;
            end
            camb2: begin
                R1 <= 1'b0;
                R2 <= 1'b0;
                R3 <= 1'b0;
                R4 <= 1'b0;
                R5 <= 1'b1;
                R6 <= 1'b1;
                R7 <= 1'b1;
                R8<= 1'b0;
                R9<= 1'b1;
                R10<= 1'b0;
                R11<= 1'b1;
                R12<= 1'b1;
                R13<= 1'b1;
                R14<= 1'b0;
                R15<= 1'b1;
                R16<= 1'b1;
                R17<= 1'b1;
                R18<= 1'b0;
                R19<= 1'b1;
                R20<= 1'b1;
                R21<= 1'b1;
                R22<= 1'b1;
                R23<= 1'b0;
                R24<= 1'b0;
                R25<= 1'b1;
                R26<= 1'b1;
                R27<= 1'b0;
                R28<= 1'b0;
                R29<= 1'b1;
                R30<= 1'b1;
                R31<= 1'b1;
                R32<= 1'b1;
                R33<= 1'b1;
                R34<= 1'b1;
                R35<= 1'b1;
                R36<= 1'b1;
                R37<= 1'b1;
                R38<= 1'b0;
                R39<= 1'b1;
                R40<= 1'b0;
                Q1 <= 1'b0;
                y0 <= 1'b1;
                y1 <= 1'b0;
                y2 <= y2;
                y3 <= 1'b0;
                startM <= 1'b0;
                startresetq <= 1'b0;
                write_enable <= 1'b0;
                write_enablemodD <= 1'b0;
                write_enablemodN <= 1'b0;
                div_done <= 1'b0;
                startresetN <= 1'b0;
                startresetmodN <= 1'b0;
                startD <= 1'b0;
                startN <= 1'b0;
                startmf <= 1'b0;
                startsub <= 1'b0;
                modpolydone <= 1'b0;
            end
            comp: begin
                R1 <= 1'b1;
                R2 <= 1'b0;
                R3 <= 1'b1;
                R4 <= 1'b0;
                R5 <= 1'b1;
                R6 <= 1'b0;
                R7 <= 1'b1;
                R8<= 1'b0;
                R9<= 1'b0;
                R10<= 1'b0;
                R11<= 1'b1;
                R12<= 1'b1;
                R13<= 1'b1;
                R14<= 1'b0;
                R15<= 1'b0;
                R16<= 1'b0;
                R17<= 1'b1;
                R18<= 1'b0;
                R19<= 1'b1;
                R20<= 1'b1;
                R21<= 1'b1;
                R22<= 1'b1;
                R23<= 1'b0;
                R24<= 1'b0;
                R25<= 1'b1;
                R26<= 1'b1;
                R27<= 1'b0;
                R28<= 1'b0;
                R29<= 1'b1;
                R30<= 1'b1;
                R31<= 1'b1;
                R32<= 1'b1;
                R33<= 1'b1;
                R34<= 1'b1;
                R35<= 1'b1;
                R36<= 1'b0;
                R37<= 1'b1;
                R38<= 1'b0;
                R39<= 1'b1;
                R40<= 1'b0;
                Q1 <= 1'b0;
                y0 <= y0;
                y1 <= y1;
                y2 <= y2;
                y3 <= 1'b0;
                startM <= 1'b0;
                startresetq <= 1'b0;
                write_enable <= 1'b0;
                write_enablemodD <= 1'b0;
                write_enablemodN <= 1'b0;
                div_done <= 1'b0;
                startresetN <= 1'b0;
                startresetmodN <= 1'b1;
                startD <= 1'b0;
                startN <= 1'b0;
                startmf <= 1'b0;
                startsub <= 1'b0;
                modpolydone <= 1'b0;
            end
            preg2: begin
                R1 <= 1'b1;
                R2 <= 1'b0;
                R3 <= 1'b1;
                R4 <= 1'b1;
                R5 <= 1'b1;
                R6 <= 1'b1;
                R7 <= 1'b1;
                R8<= 1'b0;
                R9<= 1'b1;
                R10<= 1'b0;
                R11<= 1'b1;
                R12<= 1'b1;
                R13<= 1'b1;
                R14<= 1'b0;
                R15<= 1'b1;
                R16<= 1'b1;
                R17<= 1'b1;
                R18<= 1'b0;
                R19<= 1'b1;
                R20<= 1'b1;
                R21<= 1'b1;
                R22<= 1'b1;
                R23<= 1'b0;
                R24<= 1'b0;
                R25<= 1'b1;
                R26<= 1'b1;
                R27<= 1'b0;
                R28<= 1'b0;
                R29<= 1'b1;
                R30<= 1'b1;
                R31<= 1'b1;
                R32<= 1'b1;
                R33<= 1'b1;
                R34<= 1'b1;
                R35<= 1'b1;
                R36<= 1'b1;
                R37<= 1'b0;
                R38<= 1'b0;
                R39<= 1'b1;
                R40<= 1'b0;
                Q1 <= 1'b0;
                y0 <= y0;
                y1 <= y1;
                y2 <= y2;
                y3 <= 1'b0;
                startM <= 1'b0;
                startresetq <= 1'b0;
                write_enable <= 1'b0;
                write_enablemodD <= 1'b0;
                write_enablemodN <= 1'b0;
                div_done <= 1'b0;
                startresetN <= 1'b0;
                startresetmodN <= 1'b0;
                startD <= 1'b0;
                startN <= 1'b0;
                startmf <= 1'b0;
                startsub <= 1'b0;
                modpolydone <= 1'b0;
            end
            camb12: begin
                R1 <= 1'b0;
                R2 <= 1'b0;
                R3 <= 1'b0;
                R4 <= 1'b0;
                R5 <= 1'b1;
                R6 <= 1'b1;
                R7 <= 1'b0;
                R8<= 1'b0;
                R9<= 1'b1;
                R10<= 1'b0;
                R11<= 1'b1;
                R12<= 1'b1;
                R13<= 1'b1;
                R14<= 1'b0;
                R15<= 1'b1;
                R16<= 1'b1;
                R17<= 1'b1;
                R18<= 1'b0;
                R19<= 1'b1;
                R20<= 1'b1;
                R21<= 1'b1;
                R22<= 1'b1;
                R23<= 1'b0;
                R24<= 1'b0;
                R25<= 1'b1;
                R26<= 1'b1;
                R27<= 1'b0;
                R28<= 1'b0;
                R29<= 1'b1;
                R30<= 1'b1;
                R31<= 1'b1;
                R32<= 1'b1;
                R33<= 1'b1;
                R34<= 1'b1;
                R35<= 1'b1;
                R36<= 1'b1;
                R37<= 1'b1;
                R38<= 1'b0;
                R39<= 1'b1;
                R40<= 1'b0;
                Q1 <= 1'b0;
                y0 <= 1'b1;
                y1 <= 1'b1;
                y2 <= y2;
                y3 <= 1'b0;
                startM <= 1'b0;
                startresetq <= 1'b0;
                write_enable <= 1'b0;
                write_enablemodD <= 1'b0;
                write_enablemodN <= 1'b0;
                div_done <= 1'b0;
                startresetN <= 1'b0;
                startresetmodN <= 1'b0;
                startD <= 1'b0;
                startN <= 1'b0;
                startmf <= 1'b0;
                startsub <= 1'b0;
                modpolydone <= 1'b0;
            end
            camb22: begin
                R1 <= 1'b1;
                R2 <= 1'b0;
                R3 <= 1'b1;
                R4 <= 1'b1;
                R5 <= 1'b1;
                R6 <= 1'b1;
                R7 <= 1'b1;
                R8<= 1'b0;
                R9<= 1'b1;
                R10<= 1'b0;
                R11<= 1'b1;
                R12<= 1'b1;
                R13<= 1'b1;
                R14<= 1'b0;
                R15<= 1'b1;
                R16<= 1'b1;
                R17<= 1'b1;
                R18<= 1'b0;
                R19<= 1'b1;
                R20<= 1'b1;
                R21<= 1'b1;
                R22<= 1'b1;
                R23<= 1'b0;
                R24<= 1'b0;
                R25<= 1'b1;
                R26<= 1'b1;
                R27<= 1'b0;
                R28<= 1'b0;
                R29<= 1'b1;
                R30<= 1'b1;
                R31<= 1'b1;
                R32<= 1'b1;
                R33<= 1'b1;
                R34<= 1'b1;
                R35<= 1'b1;
                R36<= 1'b1;
                R37<= 1'b1;
                R38<= 1'b0;
                R39<= 1'b1;
                R40<= 1'b0;
                Q1 <= 1'b0;
                y0 <= 1'b1;
                y1 <= 1'b0;
                y2 <= y2;
                y3 <= 1'b0;
                startM <= 1'b0;
                startresetq <= 1'b0;
                write_enable <= 1'b0;
                write_enablemodD <= 1'b0;
                write_enablemodN <= 1'b0;
                div_done <= 1'b0;
                startresetN <= 1'b0;
                startresetmodN <= 1'b0;
                startD <= 1'b0;
                startN <= 1'b0;
                startmf <= 1'b0;
                startsub <= 1'b0;
                modpolydone <= 1'b0;
            end
            as2: begin
                R1 <= 1'b1;
                R2 <= 1'b0;
                R3 <= 1'b1;
                R4 <= 1'b0;
                R5 <= 1'b0;
                R6 <= 1'b1;
                R7 <= 1'b1;
                R8<= 1'b0;
                R9<= 1'b1;
                R10<= 1'b0;
                R11<= 1'b1;
                R12<= 1'b1;
                R13<= 1'b1;
                R14<= 1'b0;
                R15<= 1'b1;
                R16<= 1'b1;
                R17<= 1'b1;
                R18<= 1'b0;
                R19<= 1'b1;
                R20<= 1'b1;
                R21<= 1'b1;
                R22<= 1'b1;
                R23<= 1'b0;
                R24<= 1'b0;
                R25<= 1'b1;
                R26<= 1'b1;
                R27<= 1'b0;
                R28<= 1'b0;
                R29<= 1'b1;
                R30<= 1'b1;
                R31<= 1'b1;
                R32<= 1'b1;
                R33<= 1'b1;
                R34<= 1'b1;
                R35<= 1'b0;
                R36<= 1'b0;
                R37<= 1'b0;
                R38<= 1'b0;
                R39<= 1'b1;
                R40<= 1'b0;
                Q1 <= 1'b0;
                y0 <= y0;
                y1 <= y1;
                y2 <= y2;
                y3 <= 1'b0;
                startM <= 1'b0;
                startresetq <= 1'b0;
                write_enable <= 1'b1;
                write_enablemodD <= 1'b0;
                write_enablemodN <= 1'b0;
                div_done <= 1'b0;
                startresetN <= 1'b0;
                startresetmodN <= 1'b0;
                startD <= 1'b0;
                startN <= 1'b0;
                startmf <= 1'b0;
                startsub <= 1'b0;
                modpolydone <= 1'b0;
            end
            temp3: begin
                R1 <= 1'b1;
                R2 <= 1'b0;
                R3 <= 1'b1;
                R4 <= 1'b0;
                R5 <= 1'b1;
                R6 <= 1'b1;
                R7 <= 1'b1;
                R8<= 1'b0;
                R9<= 1'b1;
                R10<= 1'b0;
                R11<= 1'b1;
                R12<= 1'b1;
                R13<= 1'b1;
                R14<= 1'b0;
                R15<= 1'b1;
                R16<= 1'b1;
                R17<= 1'b1;
                R18<= 1'b0;
                R19<= 1'b1;
                R20<= 1'b1;
                R21<= 1'b1;
                R22<= 1'b1;
                R23<= 1'b0;
                R24<= 1'b0;
                R25<= 1'b1;
                R26<= 1'b1;
                R27<= 1'b0;
                R28<= 1'b0;
                R29<= 1'b1;
                R30<= 1'b1;
                R31<= 1'b1;
                R32<= 1'b1;
                R33<= 1'b1;
                R34<= 1'b1;
                R35<= 1'b1;
                R36<= 1'b0;
                R37<= 1'b1;
                R38<= 1'b0;
                R39<= 1'b1;
                R40<= 1'b0;
                Q1 <= 1'b0;
                y0 <= y0;
                y1 <= y1;
                y2 <= y2;
                y3 <= 1'b0;
                startM <= 1'b0;
                startresetq <= 1'b0;
                write_enable <= 1'b1;
                write_enablemodD <= 1'b0;
                write_enablemodN <= 1'b0;
                div_done <= 1'b0;
                startresetN <= 1'b0;
                startresetmodN <= 1'b0;
                startD <= 1'b0;
                startN <= 1'b0;
                startmf <= 1'b0;
                startsub <= 1'b0;
                modpolydone <= 1'b0;
            end
            salida: begin
                R1 <= 1'b1;
                R2 <= 1'b0;
                R3 <= 1'b1;
                R4 <= 1'b1;
                R5 <= 1'b1;
                R6 <= 1'b1;
                R7 <= 1'b1;
                R8<= 1'b0;
                R9<= 1'b1;
                R10<= 1'b0;
                R11<= 1'b1;
                R12<= 1'b1;
                R13<= 1'b1;
                R14<= 1'b0;
                R15<= 1'b1;
                R16<= 1'b1;
                R17<= 1'b1;
                R18<= 1'b0;
                R19<= 1'b1;
                R20<= 1'b1;
                R21<= 1'b1;
                R22<= 1'b1;
                R23<= 1'b0;
                R24<= 1'b1;
                R25<= 1'b1;
                R26<= 1'b1;
                R27<= 1'b0;
                R28<= 1'b1;
                R29<= 1'b1;
                R30<= 1'b1;
                R31<= 1'b1;
                R32<= 1'b1;
                R33<= 1'b1;
                R34<= 1'b1;
                R35<= 1'b1;
                R36<= 1'b1;
                R37<= 1'b1;
                R38<= 1'b0;
                R39<= 1'b1;
                R40<= 1'b0;
                Q1 <= 1'b1;
                y0 <= y0;
                y1 <= y1;
                y2 <= y2;
                y3 <= 1'b0;
                startM <= 1'b0;
                startresetq <= 1'b0;
                write_enable <= 1'b0;
                write_enablemodD <= 1'b0;
                write_enablemodN <= 1'b0;
                div_done <= 1'b1;
                startresetN <= 1'b0;
                startresetmodN <= 1'b0;
                startD <= 1'b0;
                startN <= 1'b0;
                startmf <= 1'b0;
                startsub <= 1'b0;
                modpolydone <= 1'b0;
            end
            default: begin
                R1 <= 1'b0;
                R2 <= 1'b0;
                R3 <= 1'b1;
                R4 <= 1'b0;
                R5 <= 1'b0;
                R6 <= 1'b0;
                R7 <= 1'b0;
                R8<= 1'b0;
                R9<= 1'b0;
                R10<= 1'b1;
                R11<= 1'b0;
                R12<= 1'b1;
                R13<= 1'b1;
                R14<= 1'b0;
                R15<= 1'b0;
                R16<= 1'b0;
                R17<= 1'b0;
                R18<= 1'b0;
                R19<= 1'b1;
                R20<= 1'b1;
                R21<= 1'b1;
                R22<= 1'b1;
                R23<= 1'b0;
//                R24<= 1'b1;
                R25<= 1'b1;
                R26<= 1'b1;
                R27<= 1'b0;
//                R28<= 1'b0;
                R29<= 1'b1;
                R30<= 1'b1;
                R31<= 1'b1;
                R32<= 1'b1;
                R33<= 1'b1;
                R34<= 1'b1;
                R35<= 1'b1;
                R36<= 1'b1;
                R37<= 1'b1;
                R38<= 1'b0;
                R39<= 1'b1;
                Q1 <= 1'b1;
                y0 <= 1'b0;
                y1 <= 1'b0;
                y2 <= 1'b0;
                y3 <= 1'b0;
                startM <= 1'b0;
                startresetq <= 1'b1;
                write_enable <= 1'b0;
                write_enablemodD <= 1'b0;
                write_enablemodN <= 1'b0;
                div_done <= 1'b0;
                startresetN <= 1'b0;
                startresetmodN <= 1'b0;
                startD <= 1'b0;
                startN <= 1'b0;
                startmf <= 1'b0;
                startsub <= 1'b0;
                modpolydone <= 1'b0;
            end
      endcase

endmodule